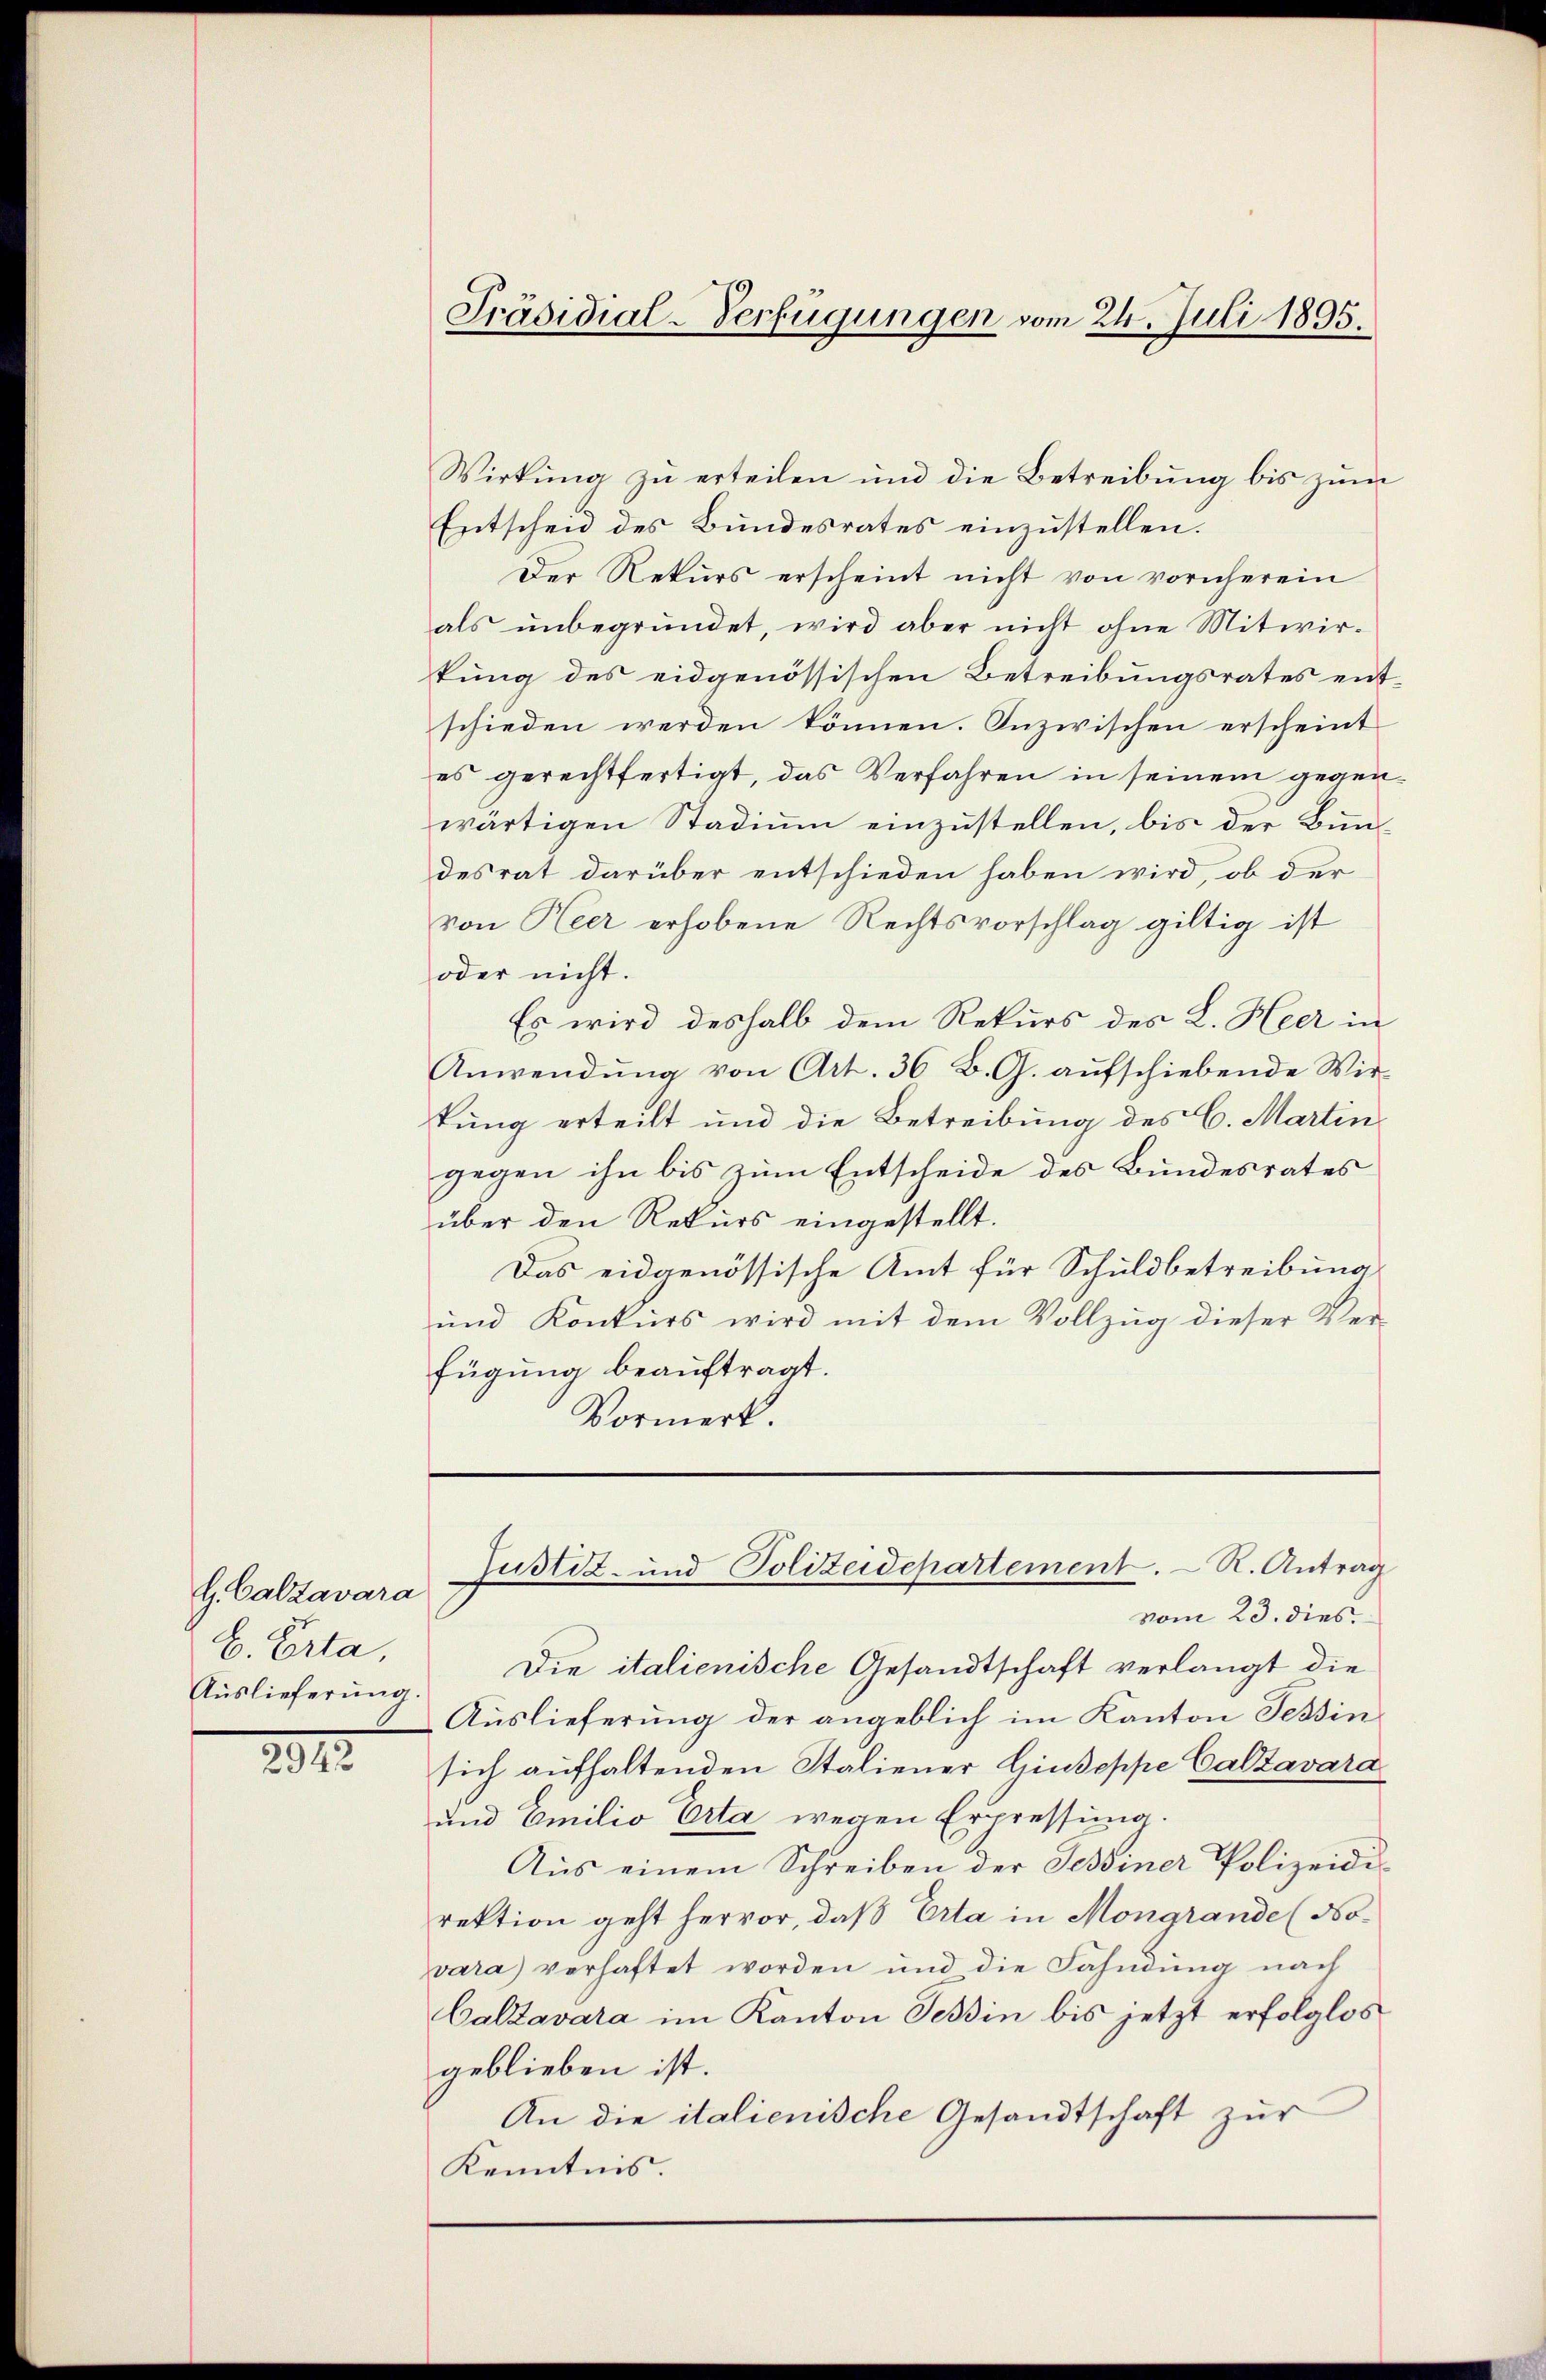
H. Calzavara
B. Porta,
Auslieferung.

2913.

Wirkung zu erteilen und die Betreibung bis zum
Entscheid des Bundesrates einzustellen.
Der Rekurs erscheint nicht von vornherein
als ŭnbegründet, wird aber nicht ohne Mitwir-
tung des eidgenössischen Betreibungsrates entschieden werden können. Inzwischen erscheint
es gerechtfertigt, das Verfahren in seinem gegenwärtigen Stadium einzustellen, bis der Bun-
desrat darüber entschieden haben wird, ob der
von Heer erhobene Rechtsvorschlag giltig ist
oder nicht.
Es wird deshalb dem Rekurs des L. Heer in
Anwendung von Art. 36 B. G. aufschiebende Wir-
tung erteilt und die Betreibung des C. Martin
gegen ihn bis zum Entscheide des Bundesrates
über den Rekurs eingestellt.
Das eidgenössische Amt für Schuldbetreibung
und Konkurs wird mit dem Vollzug dieser Ver-
fügung beauftragt.
Vormerk.

Präsidial-Verfügungen vom 24. Juli 1895.

vom 23. dies
Die italienische Gesandtschaft verlangt die
Auslieferung der angeblich im Kanton Tessin
sich aufhaltenden Staliener Giuseppe Calzavara
und Emilio Erta wegen Erpressung.
Aus einem Schreiben der Tessiner Polizeidirektion geht hervor, daß Erta in Mongrande (Novara) verhaftet worden und die Fahndung nach
Calzavara im Kanton Tessin bis jetzt erfolglos
geblieben ist.
An die italienische Gesandtschaft zur
Kenntnis.

Justiz- und Polizeidepartement. R. Antrag